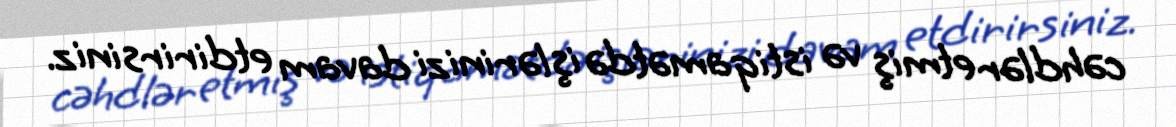
cəhdlər etmiş və istiqamətdə işlərinizi davam etdirirsiniz.